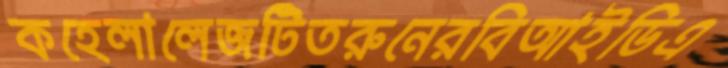
কহেলালেজটিতরুনেরবিআইডিএ